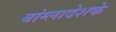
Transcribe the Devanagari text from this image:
बांग्लादेशके